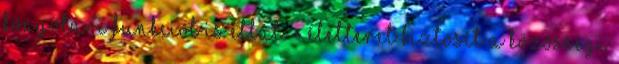
könyvtári funkciót is ellát. - Életteret biztosít a közösségi